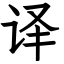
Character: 译